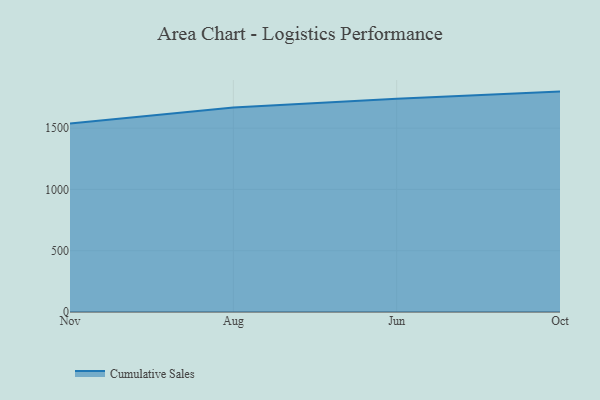
{"axis": {"x": "Month", "y": "Website Visitors"}, "legend": ["Cumulative Sales"], "data": [{"x": "Nov", "y": 1537.5, "type": "Cumulative Sales"}, {"x": "Aug", "y": 1669.2, "type": "Cumulative Sales"}, {"x": "Jun", "y": 1740.2, "type": "Cumulative Sales"}, {"x": "Oct", "y": 1798.0, "type": "Cumulative Sales"}]}